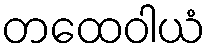
တထေဝါယံ